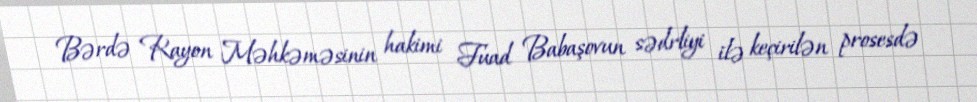
Bərdə Rayon Məhkəməsinin hakimi Fuad Babaşovun sədrliyi ilə keçirilən prosesdə